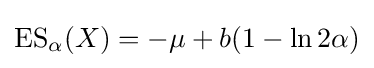
\operatorname {ES} _{\alpha }(X)=-\mu +b(1-\ln 2\alpha )